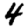
Digit: 4